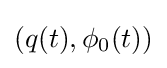
(q(t),\phi _{0}(t))